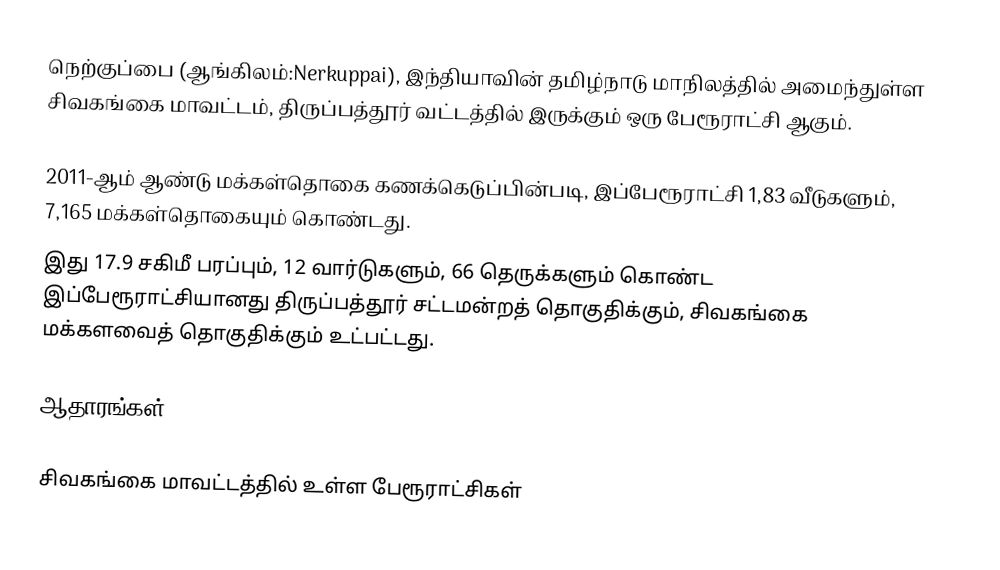
நெற்குப்பை (ஆங்கிலம்:Nerkuppai), இந்தியாவின் தமிழ்நாடு மாநிலத்தில் அமைந்துள்ள சிவகங்கை மாவட்டம், திருப்பத்தூர் வட்டத்தில் இருக்கும் ஒரு பேரூராட்சி ஆகும்.

2011-ஆம் ஆண்டு மக்கள்தொகை கணக்கெடுப்பின்படி,   இப்பேரூராட்சி 1,83    வீடுகளும்,           7,165  மக்கள்தொகையும் கொண்டது.
இது 17.9 சகிமீ பரப்பும்,        12 வார்டுகளும், 66 தெருக்களும் கொண்ட  இப்பேரூராட்சியானது  திருப்பத்தூர்  சட்டமன்றத் தொகுதிக்கும், சிவகங்கை மக்களவைத் தொகுதிக்கும் உட்பட்டது.

ஆதாரங்கள்

சிவகங்கை மாவட்டத்தில் உள்ள பேரூராட்சிகள்